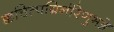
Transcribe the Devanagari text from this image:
क्कचित्पद्मिनीरेणुभङ्गे